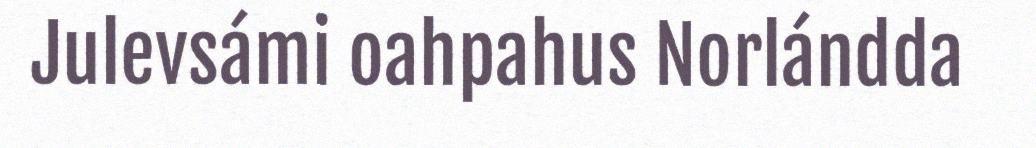
Julevsámi oahpahus Norlándda